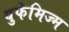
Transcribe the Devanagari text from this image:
युफेमिज्म